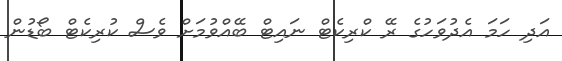
އަދި ހަމަ އެދުވަހުގެ ރޭ ކްރިކެޓް ނައިޓް ބޭއްވުމަށް ވެސް ކުރިކެޓް ބޯޑުން